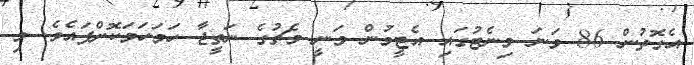
އެގޮތުން 86 ވަނަ މިނެޓުގައި އެޓީމުން ވަނީ މެޗުގެ ނަތީޖާ ހަމަހަމަކޮށްފައެވެ. މި